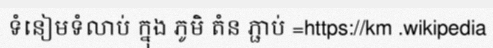
ទំនៀមទំលាប់ ក្នុង ភូមិ តំន ភ្ជាប់ =https://km .wikipedia